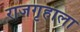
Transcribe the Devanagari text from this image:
राजगृहाला